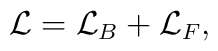
{\cal L} = {\cal L}_{B} + {\cal L}_{F},